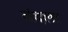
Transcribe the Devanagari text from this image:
बंदला